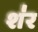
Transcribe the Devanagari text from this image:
श॑र